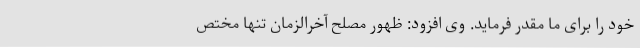
خود را برای ما مقدر فرماید. وی افزود: ظهور مصلح آخرالزمان تنها مختص